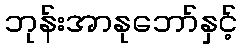
ဘုန်းအာနုဘော်နှင့်